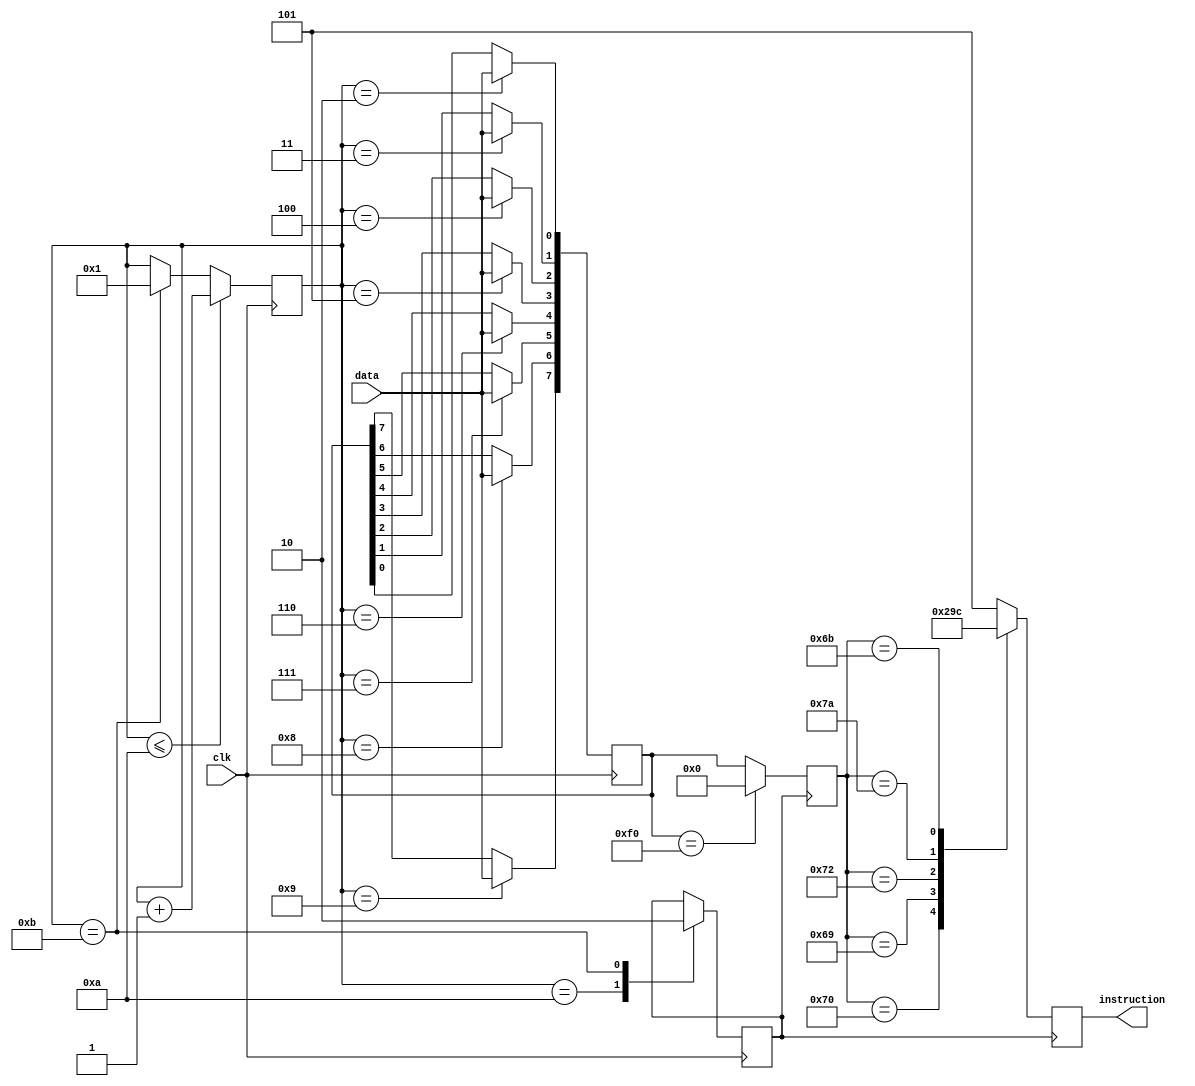
module keyboard(
input wire clk, // Clock pin form keyboard
input wire data, //Data pin form keyboard
output reg [2:0] instruction 
);
reg [7:0] data_curr;
reg [7:0] led;
reg [7:0] data_pre;
reg [3:0] b;
reg flag;
initial
begin
b<=4'h1;
flag<=1'b0;
data_curr<=8'hf0;
data_pre<=8'hf0;
led<=8'hf0;
end
parameter clr = 8'b01110000, add = 8'b01101001, sub = 8'b01110010, disp = 8'b01111010, load = 8'b01101011;
always @(negedge clk) //Activating at negative edge of clock from keyboard
begin
case(b)
1:; //first bit
2:data_curr[0]<=data;
3:data_curr[1]<=data;
4:data_curr[2]<=data;
5:data_curr[3]<=data;
6:data_curr[4]<=data;
7:data_curr[5]<=data;
8:data_curr[6]<=data;
9:data_curr[7]<=data;
10:flag<=1'b1; //Parity bit
11:flag<=1'b0; //Ending bit
endcase
 if(b<=10)
 b<=b+1;
 else if(b==11)
 b<=1;
end
always@(posedge flag) // Printing data obtained to led
begin
if(data_curr==8'hf0)
led<= 8'd0;
 else
 led<=data_curr;
 case(led)
	clr:
	instruction <= 3'b000;
	add:
	instruction <= 3'b001;
	sub:
	instruction <= 3'b010;
	disp:
	instruction <= 3'b011;
	load:
	instruction <= 3'b100;
	default:
	instruction <= 3'b101;
endcase
end 
endmodule